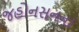
જહોનસનના